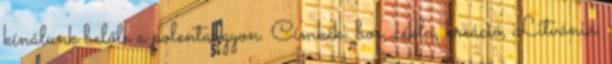
kínálunk belőle a polentaágyon. Címkék: bor, cékla, kreáció, Litvánia,